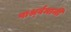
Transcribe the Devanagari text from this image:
पार्श्र्वमानी